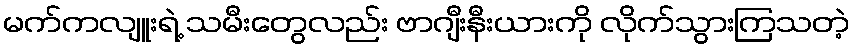
မက်ကလျူးရဲ့ သမီးတွေလည်း ဗာဂျီးနီးယားကို လိုက်သွားကြသတဲ့